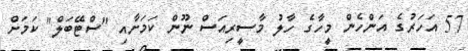
57 އަހަރުގެ އަންހެން މީހާގެ ހާލު މާސީރިއަސް ނޫން ކަމަށާއި "ސްޓޭބަލް" ކަމަށް